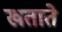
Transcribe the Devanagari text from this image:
खताते